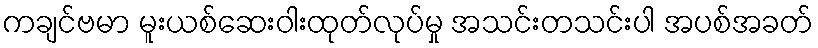
ကချင်ဗမာ မူးယစ်ဆေးဝါးထုတ်လုပ်မှု အသင်းတသင်းပါ အပစ်အခတ်